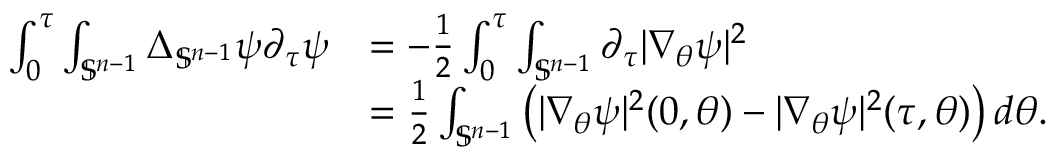
\begin{array} { r l } { \int _ { 0 } ^ { \tau } \int _ { \mathbb { S } ^ { n - 1 } } \Delta _ { \mathbb { S } ^ { n - 1 } } \psi \partial _ { \tau } \psi } & { = - \frac 1 2 \int _ { 0 } ^ { \tau } \int _ { \mathbb { S } ^ { n - 1 } } \partial _ { \tau } | \nabla _ { \theta } \psi | ^ { 2 } } \\ & { = \frac 1 2 \int _ { \mathbb { S } ^ { n - 1 } } \big ( | \nabla _ { \theta } \psi | ^ { 2 } ( 0 , \theta ) - | \nabla _ { \theta } \psi | ^ { 2 } ( \tau , \theta ) \big ) \, d \theta . } \end{array}